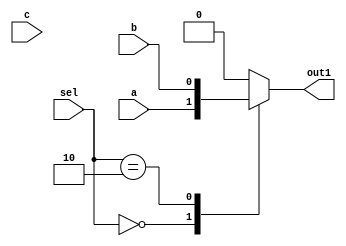
module CAS_NR_CMUL (a,b,c,sel,out1); 
   input a, b, c; 
   input [3:0] sel; 
   output out1; 
   reg out1; 
   always @ (a or b or c or sel) 
   begin   
      case(sel)     
         0 : out1 = a;
         2 : out1 = b;     
         0 : out1 = c;            
         default : 
         out1 = 1'b0;    
      endcase 
   end 
endmodule